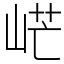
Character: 㟐